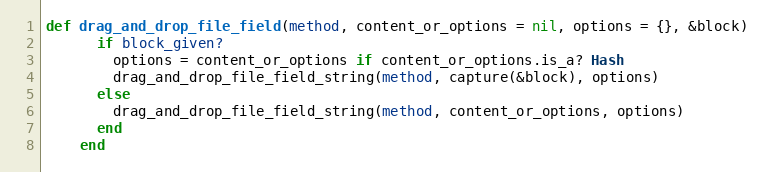
Language: Ruby
def drag_and_drop_file_field(method, content_or_options = nil, options = {}, &block)
      if block_given?
        options = content_or_options if content_or_options.is_a? Hash
        drag_and_drop_file_field_string(method, capture(&block), options)
      else
        drag_and_drop_file_field_string(method, content_or_options, options)
      end
    end